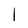
Character: I